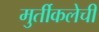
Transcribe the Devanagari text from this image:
मुर्तीकलेची